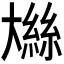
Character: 𫯼